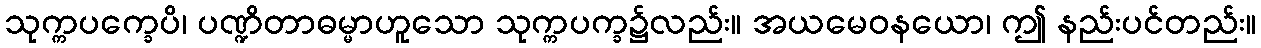
သုက္ကပက္ခေပိ၊ ပဏ္ဍိတာဓမ္မာဟူသော သုက္ကပက္ခ၌လည်း။ အယမေဝနယော၊ ဤ နည်းပင်တည်း။